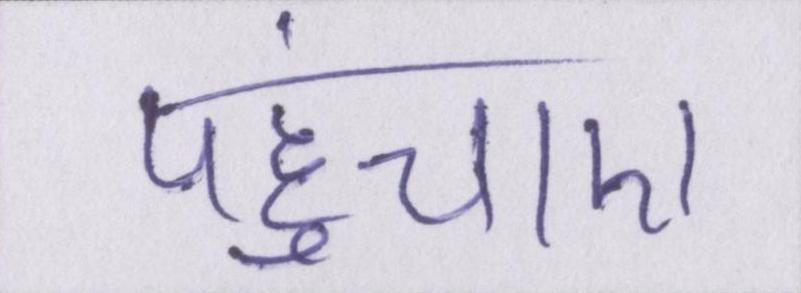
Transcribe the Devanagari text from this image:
पहुंचाए